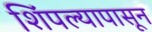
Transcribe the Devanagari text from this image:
शिंपल्यापासून